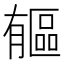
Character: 𣎥